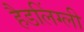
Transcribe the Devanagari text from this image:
हैडलिंग्ली